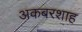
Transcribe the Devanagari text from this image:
अकबरशाह